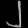
Digit: ၂